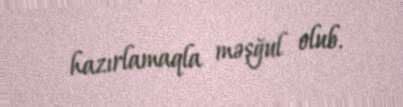
hazırlamaqla məşğul olub.